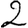
Digit: 2